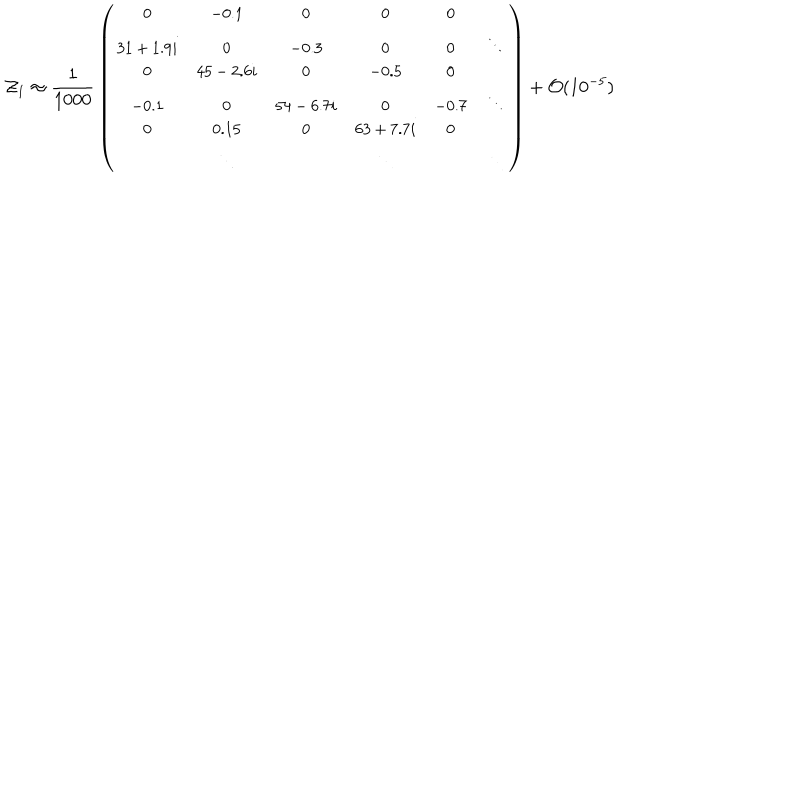
{ \cal Z } _ { 1 } \approx { \frac { 1 } { 1 0 0 0 } } \left( { \small \begin{array} { c c c c c c } { { 0 } } & { { - 0 . 1 } } & { { 0 } } & { { 0 } } & { { 0 } } & { { } } \\ { { 3 1 + 1 . 9 i } } & { { 0 } } & { { - 0 . 3 } } & { { 0 } } & { { 0 } } & { { \ddots } } \\ { { 0 } } & { { 4 5 - 2 . 6 i } } & { { 0 } } & { { - 0 . 5 } } & { { 0 } } & { { } } \\ { { - 0 . 1 } } & { { 0 } } & { { 5 4 - 6 . 7 i } } & { { 0 } } & { { - 0 . 7 } } & { { \ddots } } \\ { { 0 } } & { { 0 . 1 5 } } & { { 0 } } & { { 6 3 + 7 . 7 i } } & { { 0 } } & { { } } \\ { { } } & { { \ddots } } & { { } } & { { \ddots } } & { { } } & { { \ddots } } \\ \end{array} } \right) + { \cal O } ( 1 0 ^ { - 5 } )